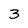
Character: 3